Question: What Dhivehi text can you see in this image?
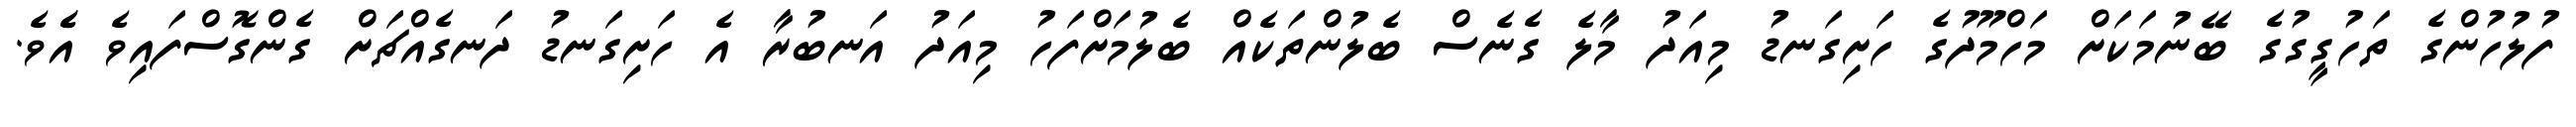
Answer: ފުލުހުންގެ ތަހުގީގުގެ ބޭނުމަކަށް މަހްމޫދުގެ ހަށިގަނޑު މިއަދު މާލެ ގެނެސް ބެލުންތަކެއް ބެލުމަށްފަހު މިއަދު އަނބުރާ އެ ހަށިގަނޑު ދަނގެއްޗަށް ގެންގޮސްފައިވެ އެެވެ.